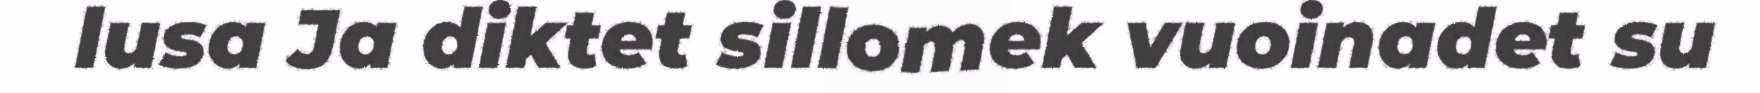
lusa Ja diktet sillomek vuoinadet su